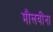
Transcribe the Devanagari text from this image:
मौलवींना